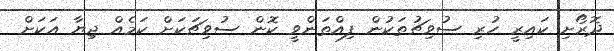
ދޮރޯށި ކައިރީ ހުރި ސުވިޗުތަކުން ފިއްތަންވީ ކޮން ސުވިޗަކަށް ކަމެއް ޖިޔާ އަކަށް